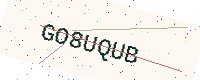
Text: GO8UQUB